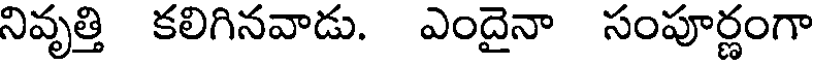
నివృత్తి కలిగినవాడు. ఎందైనా సంపూర్ణంగా